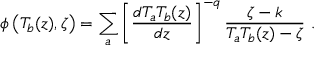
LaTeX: \phi \left( T _ { b } ( z ) , \zeta \right) = \sum _ { a } \left[ \frac { d T _ { a } T _ { b } ( z ) } { d z } \right] ^ { - q } \frac { \zeta - k } { T _ { a } T _ { b } ( z ) - \zeta } \ .